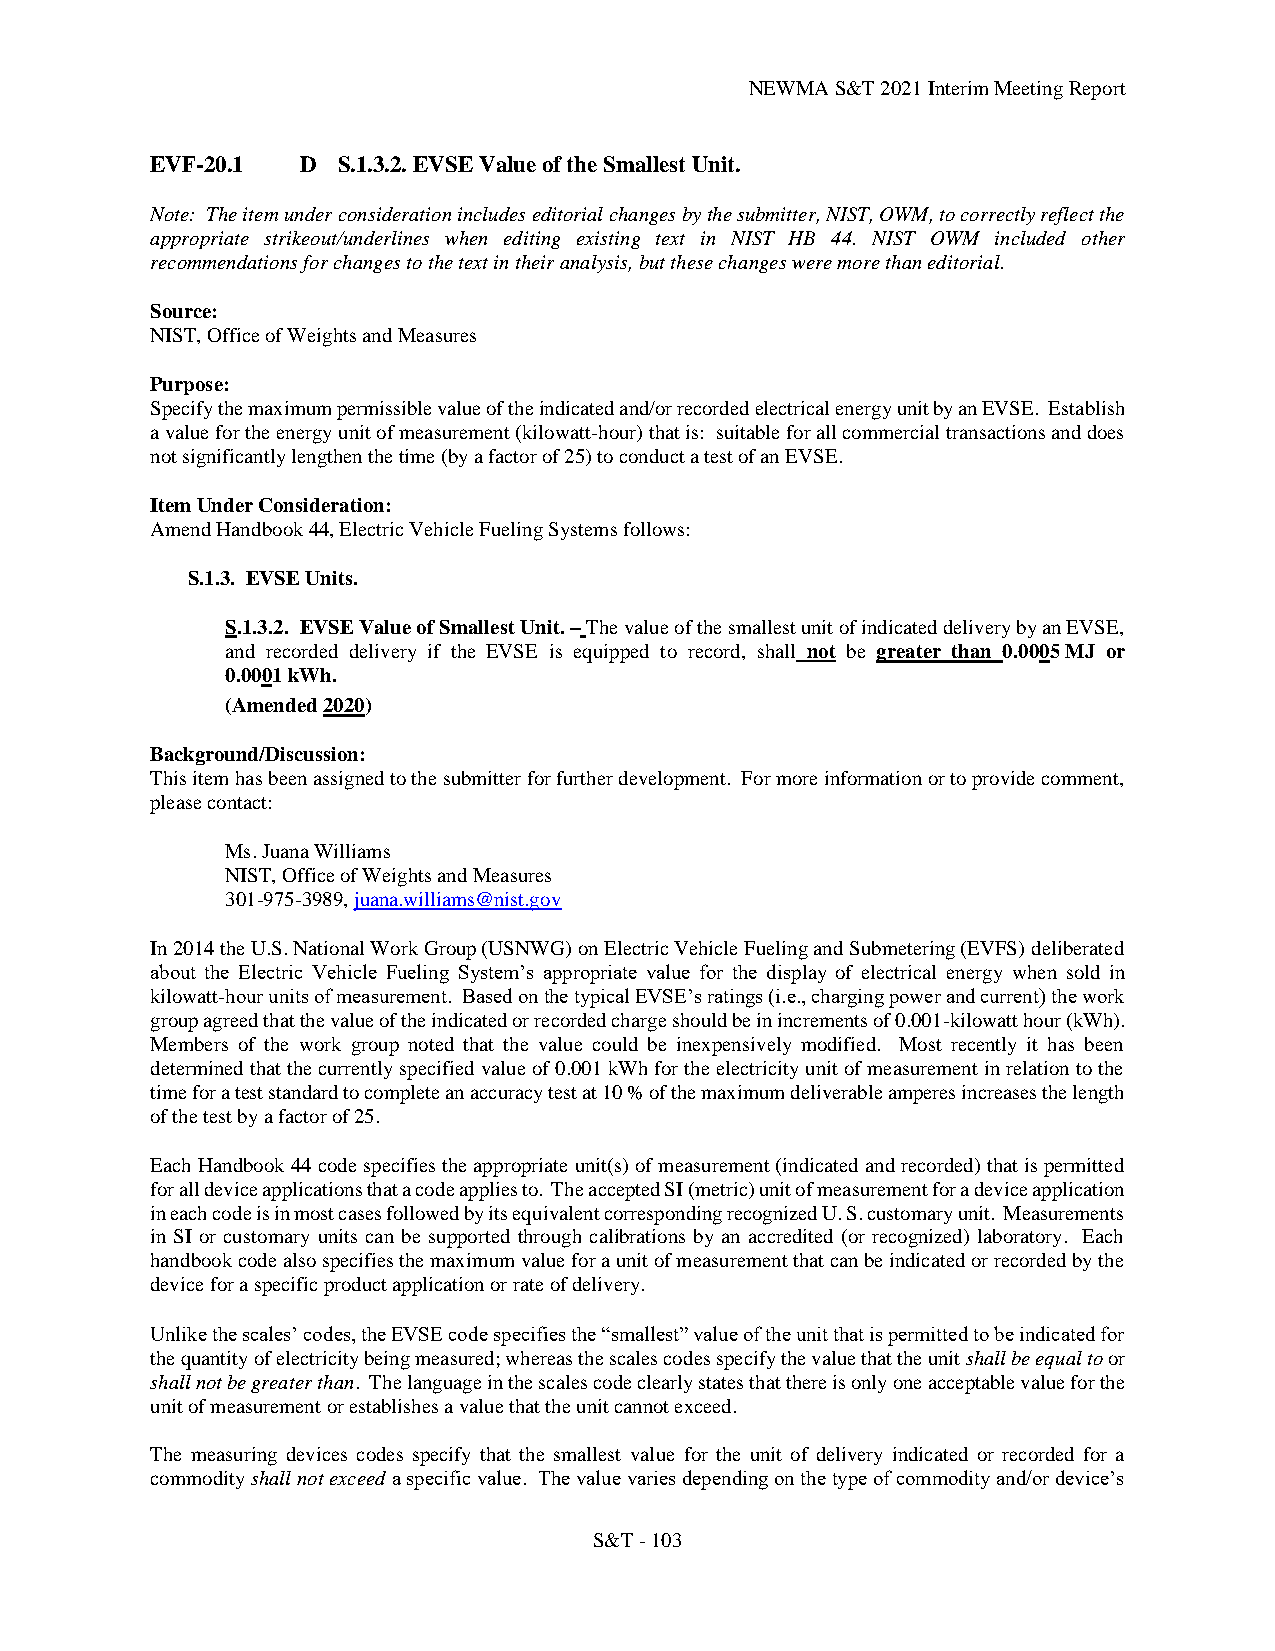
NEWMA S&T 2021 Interim Meeting Report
 EVF-20.1  D S.1.3.2. EVSE Value of the Smallest Unit.
 Note: The item under consideration includes editorial changes by the submitter, NIST, OWM, to correctly reflect the
 appropriate strikeout/underlines when editing existing text in NIST HB 44. NIST OWM included other
 recommendations for changes to the text in their analysis, but these changes were more than editorial.
 Source:
 NIST, Office of Weights and Measures
 Purpose:
 Specify the maximum permissible value of the indicated and/or recorded electrical energy unit by an EVSE. Establish
 a value for the energy unit of measurement (kilowatt-hour) that is: suitable for all commercial transactions and does
 not significantly lengthen the time (by a factor of 25) to conduct a test of an EVSE.
 Item Under Consideration:
 Amend Handbook 44, Electric Vehicle Fueling Systems follows:
 S.1.3. EVSE Units.
 S.1.3.2. EVSE Value of Smallest Unit. – The value of the smallest unit of indicated delivery by an EVSE,
 and recorded delivery if the EVSE is equipped to record, shall not be greater than 0.0005 MJ or
 0.0001 kWh.
 (Amended 2020)
 Background/Discussion:
 This item has been assigned to the submitter for further development. For more information or to provide comment,
 please contact:
 Ms. Juana Williams
 NIST, Office of Weights and Measures
 301-975-3989, juana.williams@nist.gov
 In 2014 the U.S. National Work Group (USNWG) on Electric Vehicle Fueling and Submetering (EVFS) deliberated
 about the Electric Vehicle Fueling System’s appropriate value for the display of electrical energy when sold in
 kilowatt-hour units of measurement. Based on the typical EVSE’s ratings (i.e., charging power and current) the work
 group agreed that the value of the indicated or recorded charge should be in increments of 0.001-kilowatt hour (kWh).
 Members of the work group noted that the value could be inexpensively modified. Most recently it has been
 determined that the currently specified value of 0.001 kWh for the electricity unit of measurement in relation to the
 time for a test standard to complete an accuracy test at 10 % of the maximum deliverable amperes increases the length
 of the test by a factor of 25.
 Each Handbook 44 code specifies the appropriate unit(s) of measurement (indicated and recorded) that is permitted
 for all device applications that a code applies to. The accepted SI (metric) unit of measurement for a device application
 in each code is in most cases followed by its equivalent corresponding recognized U. S. customary unit. Measurements
 in SI or customary units can be supported through calibrations by an accredited (or recognized) laboratory. Each
 handbook code also specifies the maximum value for a unit of measurement that can be indicated or recorded by the
 device for a specific product application or rate of delivery.
 Unlike the scales’ codes, the EVSE code specifies the “smallest” value of the unit that is permitted to be indicated for
 the quantity of electricity being measured; whereas the scales codes specify the value that the unit shall be equal to or
 shall not be greater than. The language in the scales code clearly states that there is only one acceptable value for the
 unit of measurement or establishes a value that the unit cannot exceed.
 The measuring devices codes specify that the smallest value for the unit of delivery indicated or recorded for a
 commodity shall not exceed a specific value. The value varies depending on the type of commodity and/or device’s
 S&T - 103